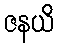
ဇနယိ